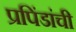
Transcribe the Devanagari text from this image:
प्रपिंडांची